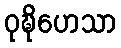
ဝုဍ္ဎိဟေသာ